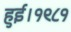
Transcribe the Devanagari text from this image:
हुई।१९८१